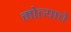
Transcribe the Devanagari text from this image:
मोत्याचे